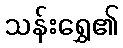
သန်းရွှေ၏